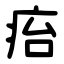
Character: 㾂